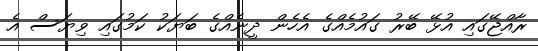
ރާއްޖޭގައި އުޅޭ ބޭރު ގައުމެއްގެ އެހެން ދީނެއްގެ ބަޔަކު ކަމުގައި ވިޔަސް އެ